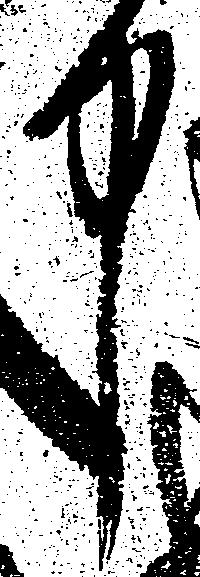
中